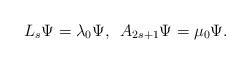
LaTeX: \begin{align*} L_s\Psi=\lambda_0\Psi,\,\,\, A_{2s+1}\Psi=\mu_0\Psi.\end{align*}